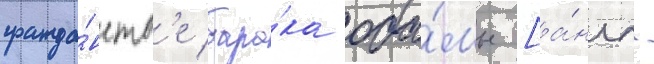
гражда́нств'е бара́ка оба́мы [а́нгл.